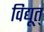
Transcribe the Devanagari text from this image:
विद्यूत्‌